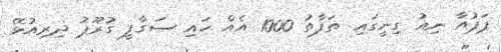
ޕަޕުއާ ނިއު ގިނީގައި ތަފާތު 1000 އެއް ހައި ސަގާފީ ގުރޫޕު ދިރިއުޅޭ